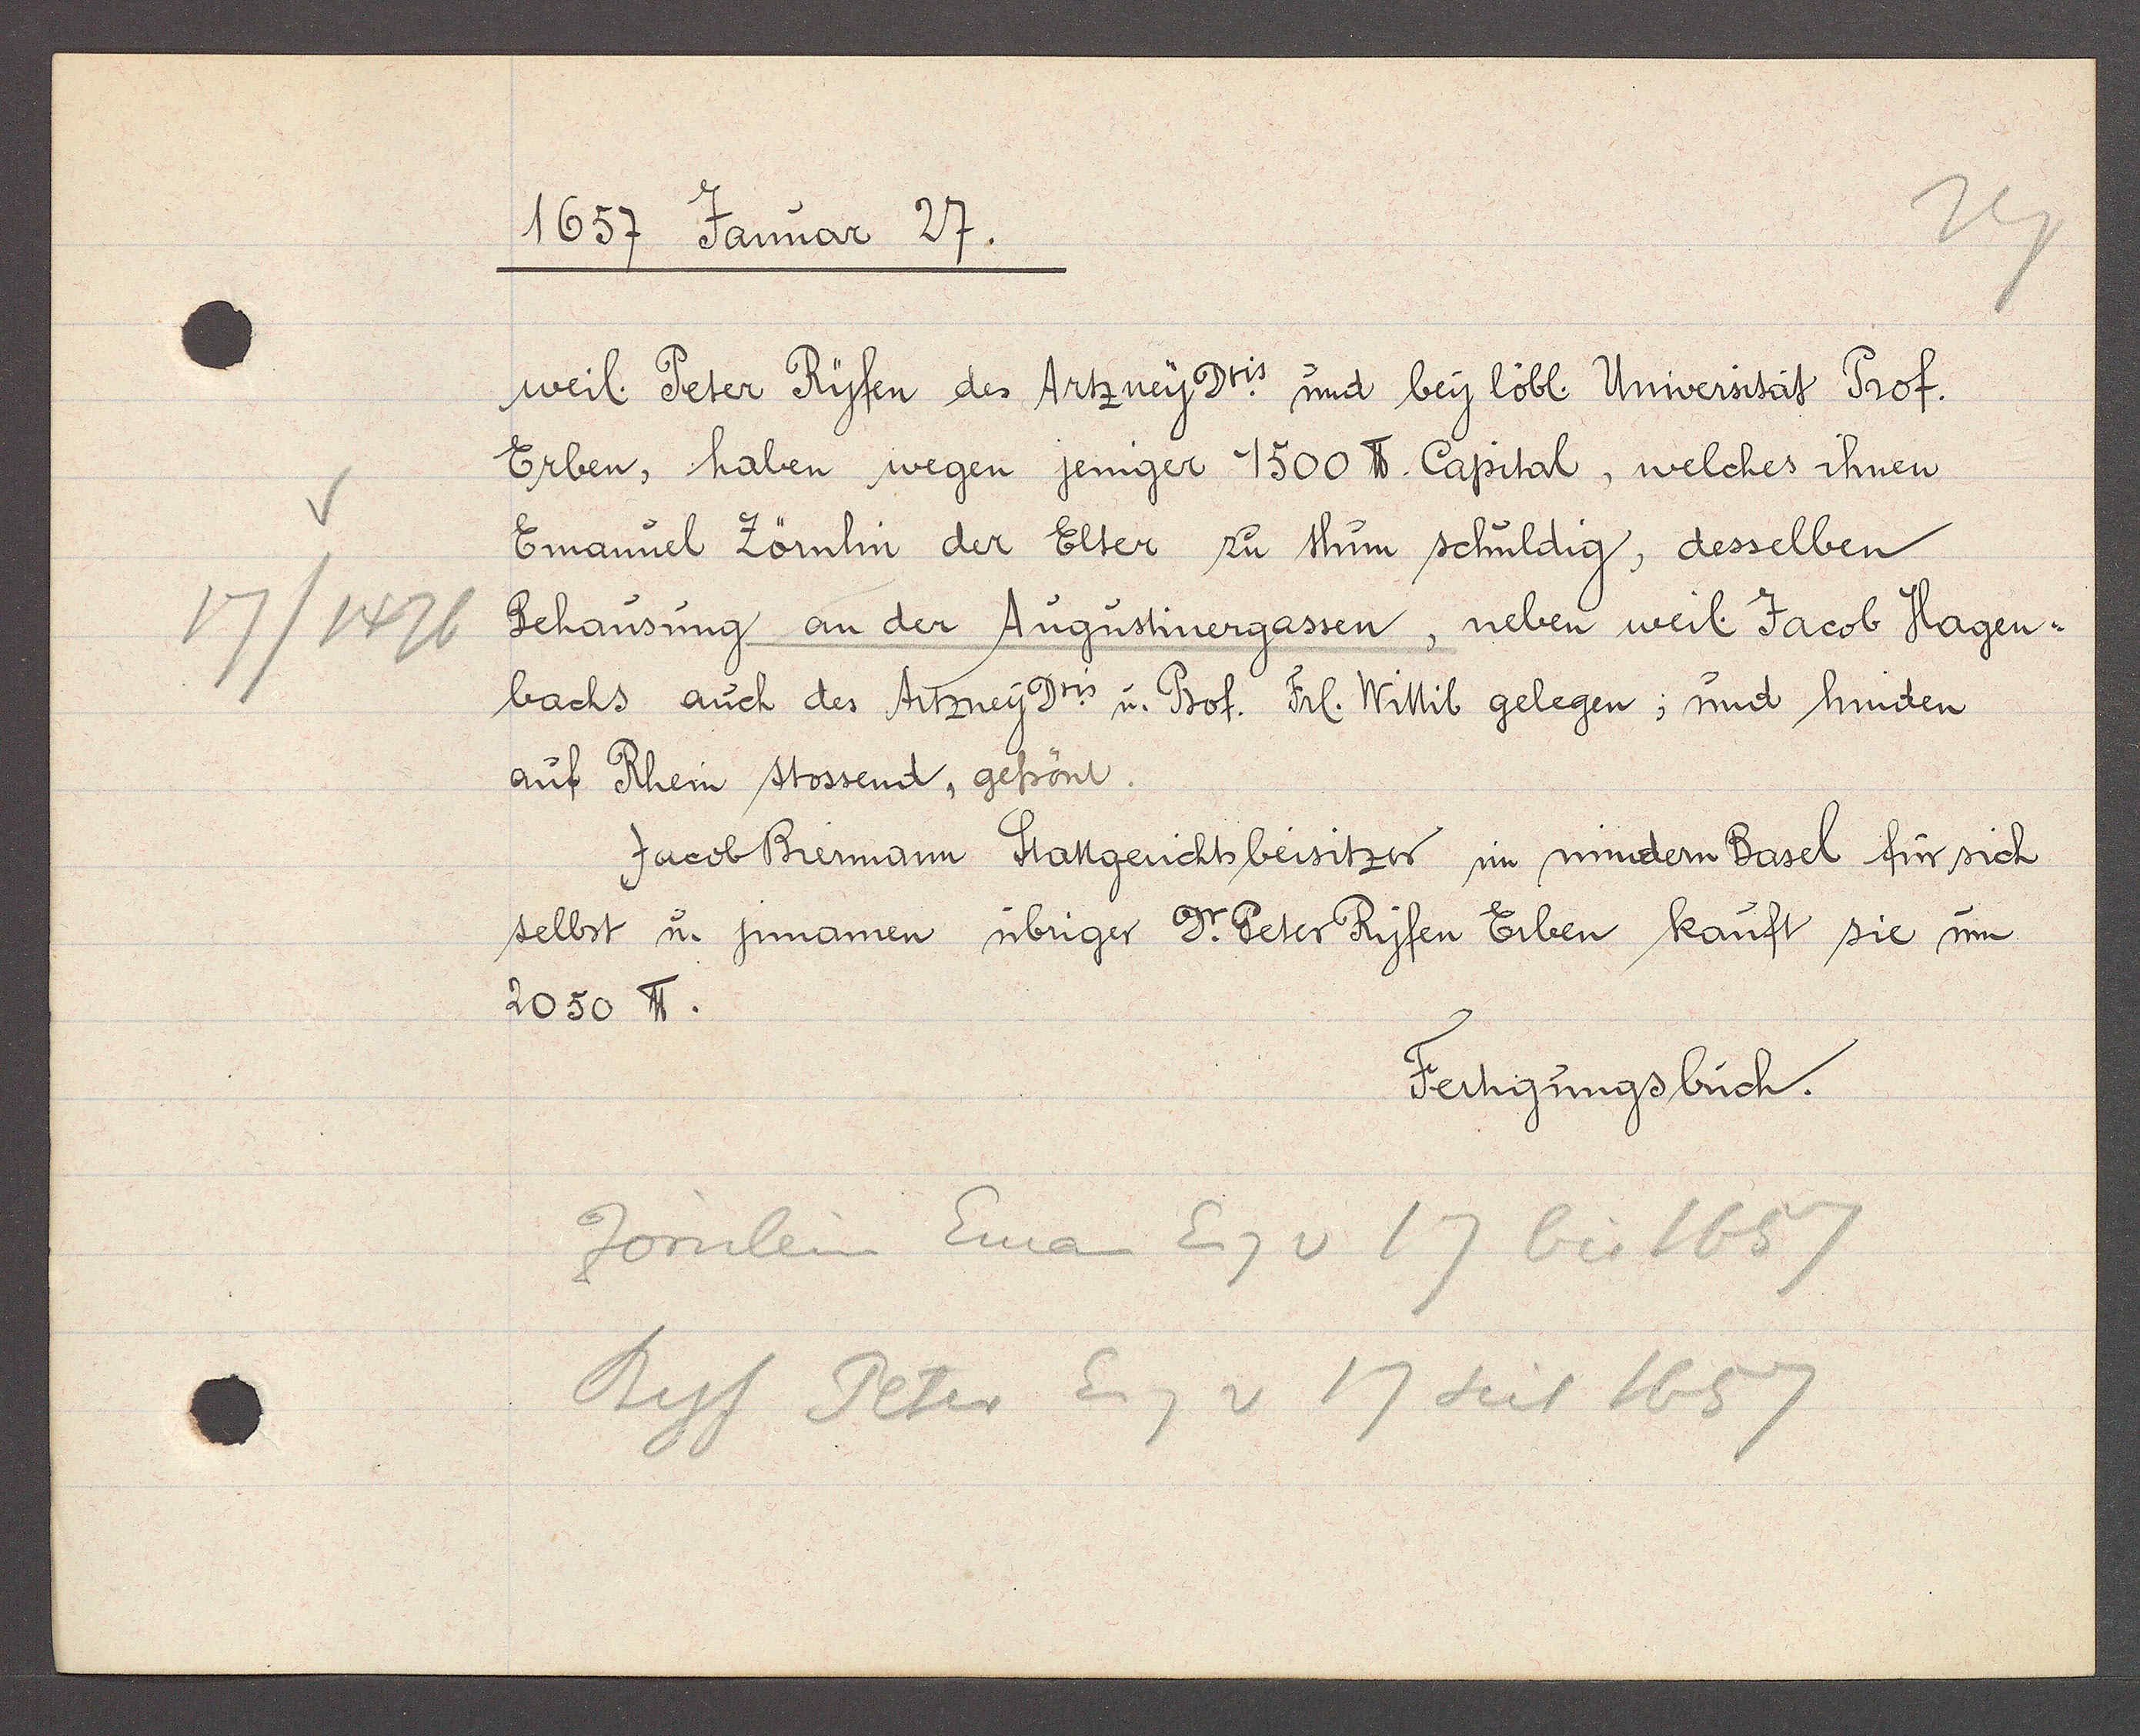
Transcript:
17/1426

1657 Januar 27.

weil. Peter Ryfen des Artzney Dris. und bey löbl. Universität Prof.
Erben, haben wegen jeniger 1500 ℔ Capital, welches ihnen
Emanuel Zörnlin der Elter zu thun schuldig, desselben
Behausung an der Augustinergassen, neben weil. Jacob Hagen¬
bachs auch des Artzney Dris. u. Prof. Frl. Wittib gelegen; und hinden
auf Rhein stossend, gefrönt.
Jacob Biermann Stattgerichtsbeisitzer im mindern Basel für sich
selbst u. jnnamen übriger Dr. Peter Ryfen Erben kauft sie um
2050 ℔.

Fertigungsbuch.

Zornlein Eman Eg v 17 bis 1657
Ryf Peter Eig v 17 seit 1657